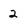
Character: 2